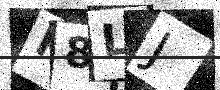
Text: I8LJ